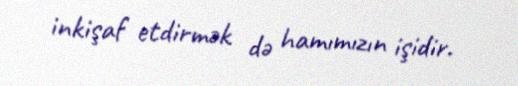
inkişaf etdirmək də hamımızın işidir.